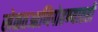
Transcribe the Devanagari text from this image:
खेळतआणिपोहण्यातही